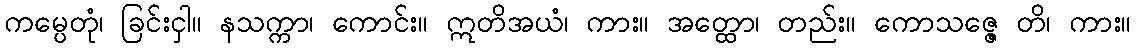
ကမ္ပေတုံ၊ ခြင်းငှါ။ နသက္ကာ၊ ကောင်း။ ဣတိအယံ၊ ကား။ အတ္ထော၊ တည်း။ ကောသဇ္ဇေ တိ၊ ကား။